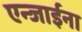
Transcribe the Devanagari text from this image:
एन्जाईना